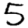
Digit: 5